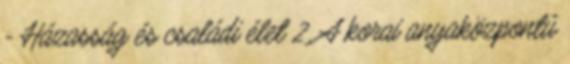
- Házasság és családi élet 2. A korai anyaközpontú